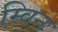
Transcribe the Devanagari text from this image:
म्विन